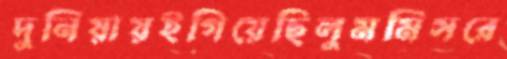
দুনিয়ায়ইগিয়েছিলুমমিসরে